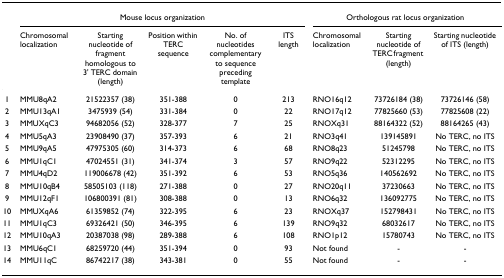
<table><thead><tr><td></td><td colspan="5"><b>Mouse locus organization</b></td><td colspan="3"><b>Orthologous rat locus organization</b></td></tr><tr><td></td><td><b>Chromosomal localization</b></td><td><b>Starting nucleotide of fragment homologous to 3&#x27; TERC domain (length)</b></td><td><b>Position within TERC sequence</b></td><td><b>No. of nucleotides complementary to sequence preceding template</b></td><td><b>ITS length</b></td><td><b>Chromosomal localization</b></td><td><b>Starting nucleotide of TERC fragment (length)</b></td><td><b>Starting nucleotide of ITS (length)</b></td></tr></thead><tbody><tr><td>1</td><td>MMU8qA2</td><td>21522357 (38)</td><td>351-388</td><td>0</td><td>213</td><td>RNO16q12</td><td>73726184 (38)</td><td>73726146 (58)</td></tr><tr><td>2</td><td>MMU13qA1</td><td>3475939 (54)</td><td>331-384</td><td>0</td><td>22</td><td>RNO17q12</td><td>77825660 (53)</td><td>77825608 (22)</td></tr><tr><td>3</td><td>MMUXqC3</td><td>94682056 (52)</td><td>328-377</td><td>7</td><td>25</td><td>RNOXq31</td><td>88164322 (52)</td><td>88164265 (43)</td></tr><tr><td>4</td><td>MMU5qA3</td><td>23908490 (37)</td><td>357-393</td><td>6</td><td>21</td><td>RNO3q41</td><td>139145891</td><td>No TERC, no ITS</td></tr><tr><td>5</td><td>MMU9qA5</td><td>47975305 (60)</td><td>314-373</td><td>6</td><td>68</td><td>RNO8q23</td><td>51245798</td><td>No TERC, no ITS</td></tr><tr><td>6</td><td>MMU1qC1</td><td>47024551 (31)</td><td>341-374</td><td>3</td><td>57</td><td>RNO9q22</td><td>52312295</td><td>No TERC, no ITS</td></tr><tr><td>7</td><td>MMU4qD2</td><td>119006678 (42)</td><td>351-392</td><td>6</td><td>53</td><td>RNO5q36</td><td>140562692</td><td>No TERC, no ITS</td></tr><tr><td>8</td><td>MMU10qB4</td><td>58505103 (118)</td><td>271-388</td><td>0</td><td>27</td><td>RNO20q11</td><td>37230663</td><td>No TERC, no ITS</td></tr><tr><td>9</td><td>MMU12qF1</td><td>106800391 (81)</td><td>308-388</td><td>0</td><td>13</td><td>RNO6q32</td><td>136092775</td><td>No TERC, no ITS</td></tr><tr><td>10</td><td>MMUXqA6</td><td>61359852 (74)</td><td>322-395</td><td>6</td><td>23</td><td>RNOXq37</td><td>152798431</td><td>No TERC, no ITS</td></tr><tr><td>11</td><td>MMU1qC3</td><td>69326421 (50)</td><td>346-395</td><td>6</td><td>139</td><td>RNO9q32</td><td>68032617</td><td>No TERC, no ITS</td></tr><tr><td>12</td><td>MMU10qA3</td><td>20387038 (98)</td><td>289-388</td><td>6</td><td>108</td><td>RNO1p12</td><td>15780743</td><td>No TERC, no ITS</td></tr><tr><td>13</td><td>MMU6qC1</td><td>68259720 (44)</td><td>351-394</td><td>0</td><td>93</td><td>Not found</td><td>-</td><td>-</td></tr><tr><td>14</td><td>MMU11qC</td><td>86742217 (38)</td><td>343-381</td><td>0</td><td>55</td><td>Not found</td><td>-</td><td>-</td></tr></tbody></table>